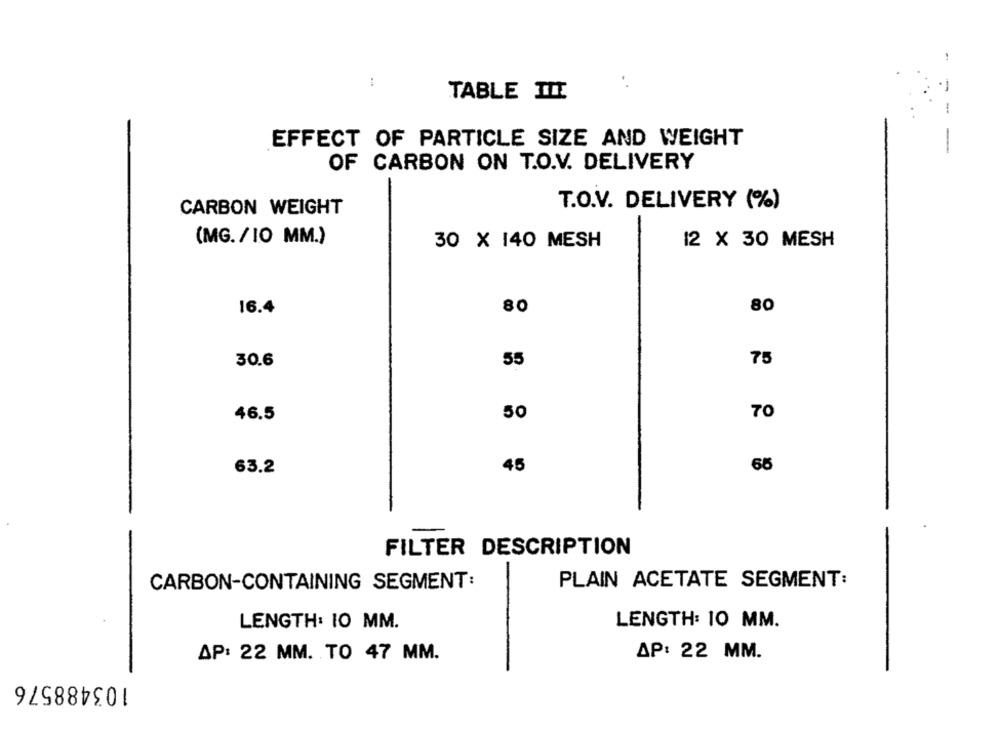
TABLE TIT
EFFECT OF PARTICLE SIZE AND WEIGHT
OF CARBON ON T.O.V. DELIVERY
CARBON WEIGHT
T.O.V. DELIVERY (%)
(MG. /10 MM.)
12 X 30 MESH
30 X 140 MESH
80
80
16.4
30.6
55
75
46.5
50
70
45
65
63.2
FILTER DESCRIPTION
-
CARBON-CONTAINING SEGMENT:
PLAIN ACETATE SEGMENT:
LENGTH: 10 MM.
LENGTH: 10 MM.
AP: 22 MM. TO 47 MM.
AP: 22 MM.
-
103488576